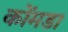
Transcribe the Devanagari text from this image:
कोंमडा